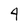
Character: 4